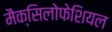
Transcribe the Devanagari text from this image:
मैक्सिलोफेशियल